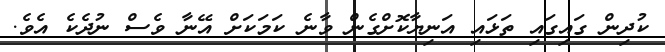
ކުދިން ގައިގައި ތަޅައި އަނިޔާކޮށްގެން ވާނެ ކަމަކަށް އޭނާ ވެސް ނުދެކެ އެވެ.